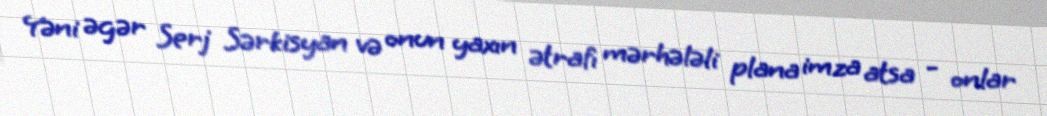
Yəni əgər Serj Sərkisyan və onun yaxın ətrafı mərhələli plana imza atsa - onlar